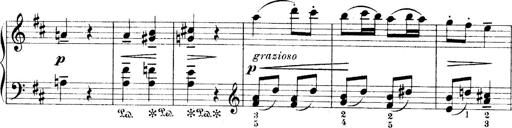
Title: 4 Sonatines
Composer: Max Reger